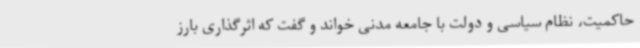
حاکمیت، نظام سیاسی و دولت با جامعه مدنی خواند و گفت که اثرگذاری بارز